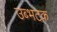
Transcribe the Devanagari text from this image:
उब्भटक